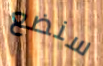
سنضع